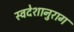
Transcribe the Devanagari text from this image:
स्वदेशानुराग